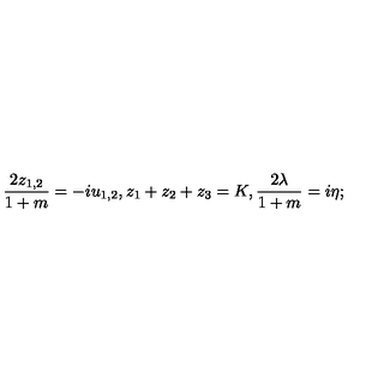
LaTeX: { \frac { 2 z _ { 1 , 2 } } { 1 + m } } = - i u _ { 1 , 2 } , z _ { 1 } + z _ { 2 } + z _ { 3 } = K , { \frac { 2 \lambda } { 1 + m } } = i \eta ;